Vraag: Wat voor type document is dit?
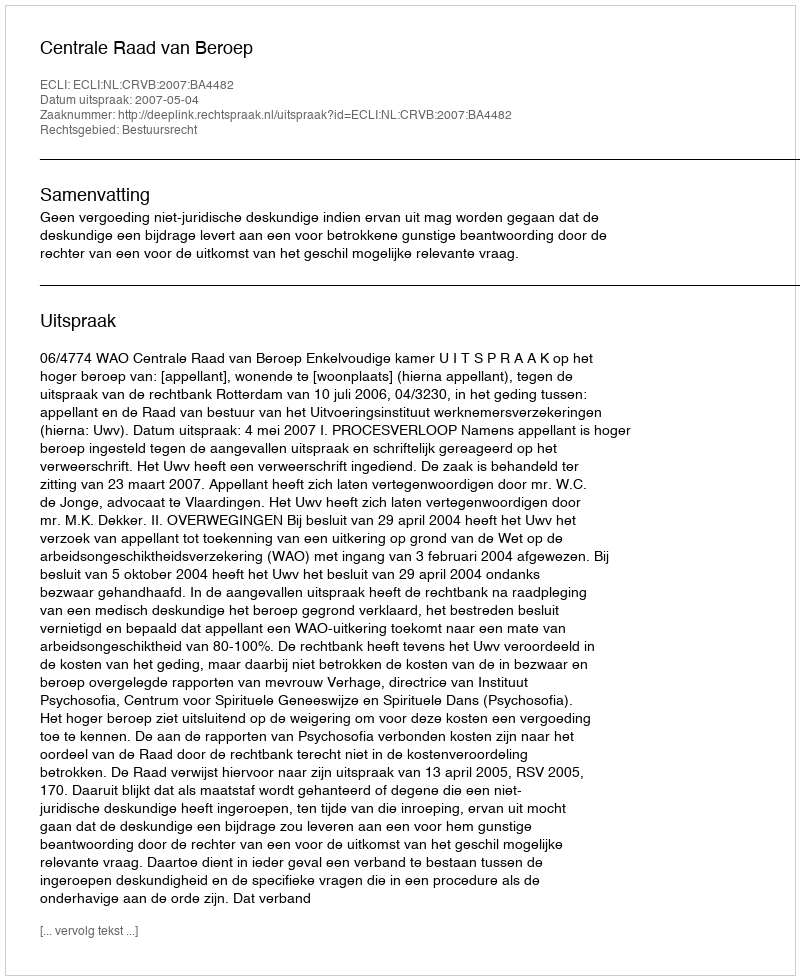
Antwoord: Uitspraak